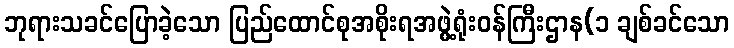
ဘုရားသခင်ပြောခဲ့သော ပြည်ထောင်စုအစိုးရအဖွဲ့ရုံးဝန်ကြီးဌာန(၁ ချစ်ခင်သော